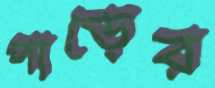
পাড়ের